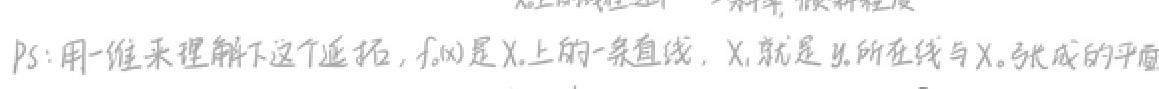
PS: 用一维来理解下这个延拓，$f(x)$是$X_0$上的一条直线，$X_1$就是$y_1$所在线与$X_0$张成的平面